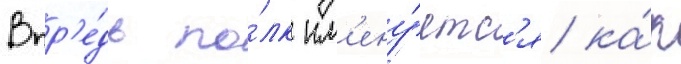
Впр'е́дь по́лк им'ену́етс'я ка́к